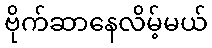
ဗိုက်ဆာနေလိမ့်မယ်